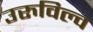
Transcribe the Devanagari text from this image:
उरुविल्व